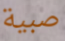
صبية